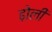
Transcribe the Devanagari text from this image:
ढ़ोली